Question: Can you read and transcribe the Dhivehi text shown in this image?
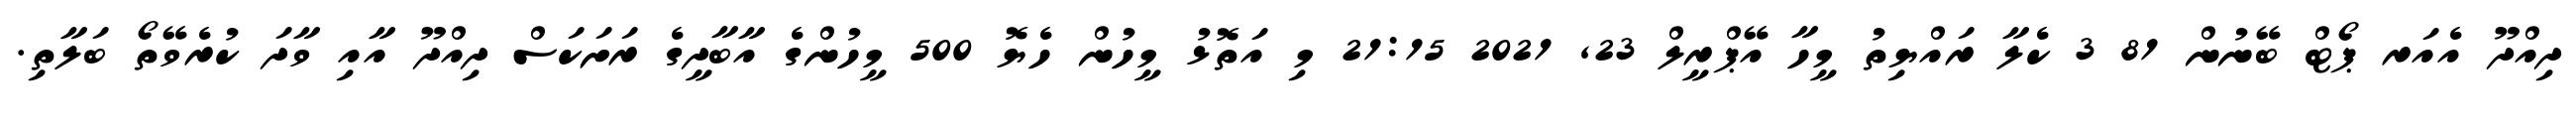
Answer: ދިއްދޫ އެއަރ ޕޯޓް ބޭނުން 81 3 ކެލާ ރައްޔިތު މީހާ އޭޕްރީލް 23, 2021 21:15 މި އަތޮޅު މީހުން ހެޔޮ 500 މީހުންގެ އާބާދީގެ ރަށަކަސް ދިއްދޫ އާއި ވާދަ ކުރެވޭތޯ ބަލާތި.